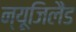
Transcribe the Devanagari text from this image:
न्यूजिलैंड